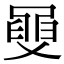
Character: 𦥼